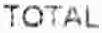
TOTAL